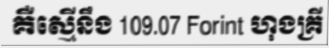
គឺស្មើនឹង 109.07 Forint ហុងគ្រី